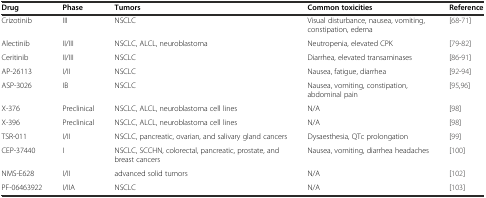
| Drug | Phase | Tumors | Common toxicities | Reference |
 | --- | --- | --- | --- | --- |
 | Crizotinib | III | NSCLC | Visual disturbance, nausea, vomiting, constipation, edema | [68-71] |
 | Alectinib | II/III | NSCLC, ALCL, neuroblastoma | Neutropenia, elevated CPK | [79-82] |
 | Ceritinib | II/III | NSCLC | Diarrhea, elevated transaminases | [86-91] |
 | AP-26113 | I/II | NSCLC | Nausea, fatigue, diarrhea | [92-94] |
 | ASP-3026 | IB | NSCLC | Nausea, vomiting, constipation, abdominal pain | [95,96] |
 | X-376 | Preclinical | NSCLC, ALCL, neuroblastoma cell lines | N/A | [98] |
 | X-396 | Preclinical | NSCLC, ALCL, neuroblastoma cell lines | N/A | [98] |
 | TSR-011 | I/II | NSCLC, pancreatic, ovarian, and salivary gland cancers | Dysaesthesia, QTc prolongation | [99] |
 | CEP-37440 | I | NSCLC, SCCHN, colorectal, pancreatic, prostate, and breast cancers | Nausea, vomiting, diarrhea headaches | [100] |
 | NMS-E628 | I/II | advanced solid tumors | N/A | [102] |
 | PF-06463922 | I/IIA | NSCLC | N/A | [103] |